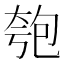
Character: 匏